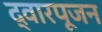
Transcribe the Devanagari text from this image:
द्वारपूजन